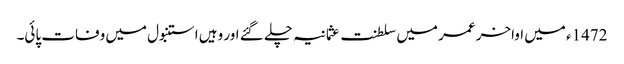
1472ء میں اواخر عمر میں سلطنت عثمانیہ چلے گئے اور وہیں استنبول میں وفات پائی۔